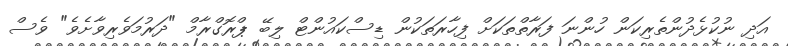
އަދި ނުކުޅެދުންތެރިކަން ހުންނަ ފަރާތްތަކަށް ފިހާރަތަކުން ޑިސްކައުންޓް ލިބޭ ޕްރޮގްރާމް "ދަރުމަވެރިވާށެވެ" ވެސް